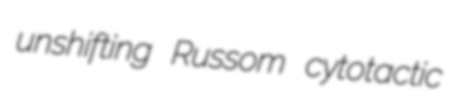
unshifting Russom cytotactic